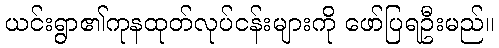
ယင်းရွာ၏ကုနထုတ်လုပ်ငန်းများကို ဖော်ပြရဦးမည်။